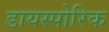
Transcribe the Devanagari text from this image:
डायस्पोरिक